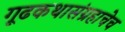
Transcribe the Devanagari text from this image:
गूढकथासंग्रहाचेच